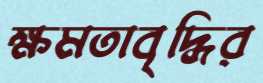
ক্ষমতাবৃদ্ধির